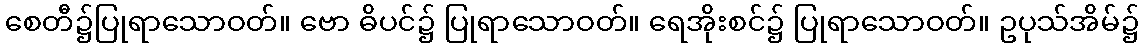
စေတီ၌ပြုရာသောဝတ်။ ဗော ဓိပင်၌ ပြုရာသောဝတ်။ ရေအိုးစင်၌ ပြုရာသောဝတ်။ ဥပုသ်အိမ်၌